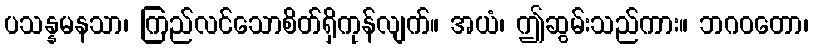
ပသန္နမနသာ၊ ကြည်လင်သောစိတ်ရှိကုန်လျက်။ အယံ၊ ဤဆွမ်းသည်ကား။ ဘဂဝတော၊